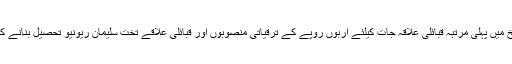
وزیر اعلیٰ نے تاریخ میں پہلی مرتبہ قبائلی علاقہ جات کیلئے اربوں روپے کے ترقیاتی منصوبوں اور قبائلی علاقے تخت سلیمان ریونیو تحصیل بنانے کا اعلان بھی کیا ہے۔